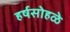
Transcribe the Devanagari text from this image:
हर्षसोहळे